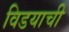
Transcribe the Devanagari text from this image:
विडयाची